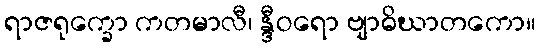
ရာဇရုက္ခော ကတမာလီ၊ န္ဒီဝရော ဗျာဓိဃာတကော။